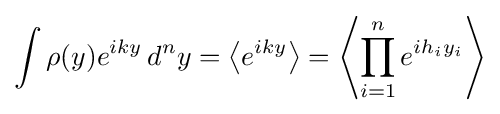
\int \rho (y)e^{iky}\,d^{n}y=\left\langle e^{iky}\right\rangle =\left\langle \prod _{i=1}^{n}e^{ih_{i}y_{i}}\right\rangle